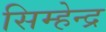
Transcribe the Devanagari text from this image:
सिम्हेन्द्र